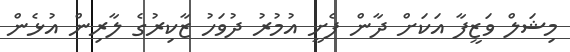
މިޝަލް ވަޒީފާ އަކަށް ދާން ފެށީ އުމުރު ދުވަހު ޒާކިރުގެ ލާރިން އުޅެން